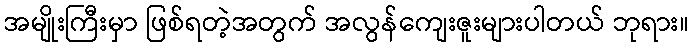
အမျိုးကြီးမှာ ဖြစ်ရတဲ့အတွက် အလွန်ကျေးဇူးများပါတယ် ဘုရား။